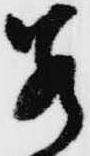
若